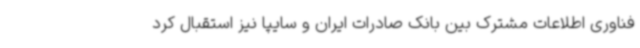
فناوری اطلاعات مشترک بین بانک صادرات ایران و سایپا نیز استقبال کرد